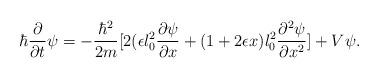
LaTeX: \begin{align*}\hbar\frac{\partial}{\partial t}\psi=-\frac{\hbar^{2}}{2m}[2(\epsilon l_{0}^{2}\frac{\partial\psi}{\partial x}+(1+2\epsilon x)l_{0}^{2}\frac{\partial^{2}\psi}{\partial x^{2}}]+V\psi.\end{align*}